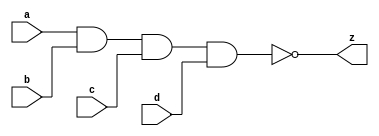
// This program was cloned from: https://github.com/aolofsson/oh
// License: MIT License

//#############################################################################
//# Function: 4 Input Nand Gate                                               #
//# Copyright: OH Project Authors. ALl rights Reserved.                       #
//# License:  MIT (see LICENSE file in OH repository)                         # 
//#############################################################################

module oh_nand4 #(parameter DW = 1 ) // array width
   (
    input [DW-1:0]  a,
    input [DW-1:0]  b,
    input [DW-1:0]  c,
    input [DW-1:0]  d, 
    output [DW-1:0] z
    );
   
   assign z = ~(a & b & c & d);
   
endmodule